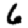
Digit: 6